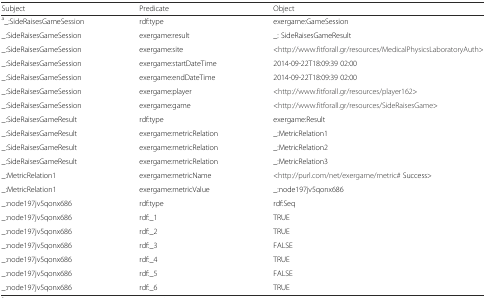
<table><thead><tr><td><b>Subject</b></td><td><b>Predicate</b></td><td><b>Object</b></td></tr></thead><tbody><tr><td><sup>a</sup>_:SideRaisesGameSession</td><td>rdf:type</td><td>exergame:GameSession</td></tr><tr><td>_:SideRaisesGameSession</td><td>exergame:result</td><td>_: SideRaisesGameResult</td></tr><tr><td>_:SideRaisesGameSession</td><td>exergame:site</td><td>&lt;http://www.fitforall.gr/resources/MedicalPhysicsLaboratoryAuth&gt;</td></tr><tr><td>_:SideRaisesGameSession</td><td>exergame:startDateTime</td><td>2014-09-22T18:09:39 02:00</td></tr><tr><td>_:SideRaisesGameSession</td><td>exergame:endDateTime</td><td>2014-09-22T18:09:39 02:00</td></tr><tr><td>_:SideRaisesGameSession</td><td>exergame:player</td><td>&lt;http://www.fitforall.gr/resources/player162&gt;</td></tr><tr><td>_:SideRaisesGameSession</td><td>exergame:game</td><td>&lt;http://www.fitforall.gr/resources/SideRaisesGame&gt;</td></tr><tr><td>_:SideRaisesGameResult</td><td>rdf:type</td><td>exergame:Result</td></tr><tr><td>_:SideRaisesGameResult</td><td>exergame:metricRelation</td><td>_:MetricRelation1</td></tr><tr><td>_:SideRaisesGameResult</td><td>exergame:metricRelation</td><td>_:MetricRelation2</td></tr><tr><td>_:SideRaisesGameResult</td><td>exergame:metricRelation</td><td>_:MetricRelation3</td></tr><tr><td>_:MetricRelation1</td><td>exergame:metricName</td><td>&lt;http://purl.com/net/exergame/metric## Success&gt;</td></tr><tr><td>_:MetricRelation1</td><td>exergame:metricValue</td><td>_:node197jv5qonx686</td></tr><tr><td>_:node197jv5qonx686</td><td>rdf:type</td><td>rdf:Seq</td></tr><tr><td>_:node197jv5qonx686</td><td>rdf:_1</td><td>TRUE</td></tr><tr><td>_:node197jv5qonx686</td><td>rdf:_2</td><td>TRUE</td></tr><tr><td>_:node197jv5qonx686</td><td>rdf:_3</td><td>FALSE</td></tr><tr><td>_:node197jv5qonx686</td><td>rdf:_4</td><td>TRUE</td></tr><tr><td>_:node197jv5qonx686</td><td>rdf:_5</td><td>FALSE</td></tr><tr><td>_:node197jv5qonx686</td><td>rdf:_6</td><td>TRUE</td></tr></tbody></table>